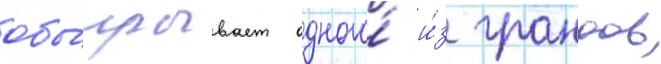
обы́грывает одного́ и́з грандов